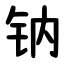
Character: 钠